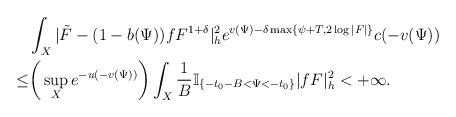
LaTeX: \begin{align*}&\int_{X}|\tilde{F}-(1-b(\Psi))fF^{1+\delta}|_{h}^2e^{v(\Psi)-\delta \max\{\psi+T,2\log|F|\}}c(-v(\Psi))\\\le &\bigg(\sup_{X}e^{-u(-v(\Psi))}\bigg)\int_{X}\frac{1}{B}\mathbb{I}_{\{-t_0-B<\Psi<-t_0\}} |fF|^2_h<+\infty.\end{align*}